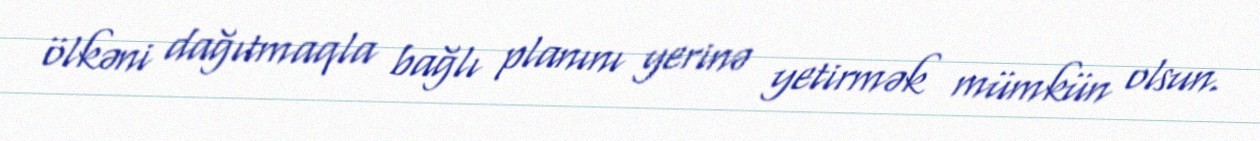
ölkəni dağıtmaqla bağlı planını yerinə yetirmək mümkün olsun.